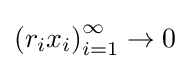
\left(r_{i}x_{i}\right)_{i=1}^{\infty }\to 0